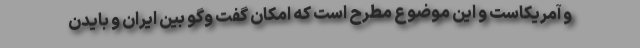
و آمریکاست و این موضوع مطرح است که امکان گفت وگو بین ایران و بایدن